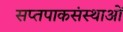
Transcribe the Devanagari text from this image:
सप्तपाकसंस्थाओं